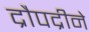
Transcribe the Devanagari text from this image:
द्रौपद्रीने